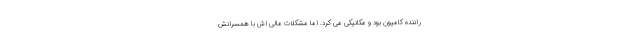
راننده کامیون بود و مکانیکی می کرد. اما مشکلات مالی اش با همسرانش